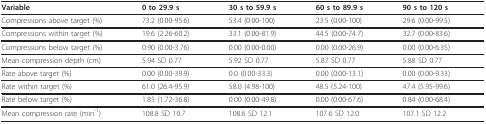
<table><thead><tr><td><b>Variable</b></td><td><b>0 to 29.9 s</b></td><td><b>30 s to 59.9 s</b></td><td><b>60 s to 89.9 s</b></td><td><b>90 s to 120 s</b></td></tr></thead><tbody><tr><td>Compressions above target (%)</td><td>73.2 (0.00-95.6)</td><td>53.4 (0.00-100)</td><td>23.5 (0.00-100)</td><td>29.6 (0.00-99.5)</td></tr><tr><td>Compressions within target (%)</td><td>19.6 (2.26-60.2)</td><td>33.1 (0.00-81.9)</td><td>44.5 (0.00-74.7)</td><td>32.7 (0.00-83.6)</td></tr><tr><td>Compressions below target (%)</td><td>0.90 (0.00-3.76)</td><td>0.00 (0.00-0.00)</td><td>0.00 (0.00-26.9)</td><td>0.00 (0.00-6.35)</td></tr><tr><td>Mean compression depth (cm)</td><td>5.94 SD 0.77</td><td>5.92 SD 0.77</td><td>5.87 SD 0.77</td><td>5.88 SD 0.77</td></tr><tr><td>Rate above target (%)</td><td>0.00 (0.00-39.9)</td><td>0.0 (0.00-33.3)</td><td>0.00 (0.00-13.1)</td><td>0.00 (0.00-9.33)</td></tr><tr><td>Rate within target (%)</td><td>61.0 (26.4-95.9)</td><td>58.0 (4.98-100)</td><td>48.5 (5.24-100)</td><td>47.4 (5.95-99.6)</td></tr><tr><td>Rate below target (%)</td><td>1.85 (1.72-36.8)</td><td>0.00 (0.00-49.8)</td><td>0.00 (0.00-67.6)</td><td>0.84 (0.00-68.4)</td></tr><tr><td>Mean compression rate (min<sup>-1</sup>)</td><td>108.8 SD 10.7</td><td>108.6 SD 12.1</td><td>107.6 SD 12.0</td><td>107.1 SD 12.2</td></tr></tbody></table>